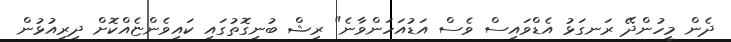
ދެން މީހުންދޭ ރަނގަޅު އެޑްވައިސް ވެސް އަޑުއަހަންވާނެ" ރިޝް ބުނިގޮތުގައި ކައިވެންޏެއްކޮށް ދިރިއުޅުން